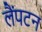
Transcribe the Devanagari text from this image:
लैंपटन